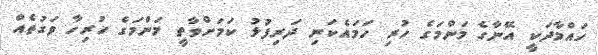
ހައްމާދަކީ އޭނާގެ މަންމަގެ ހުރި ހަމައެކަނި ދަރިފުޅު ކަމަށްވާތީ މަންމަގެ ހުރިހާ ވަގުތެއް